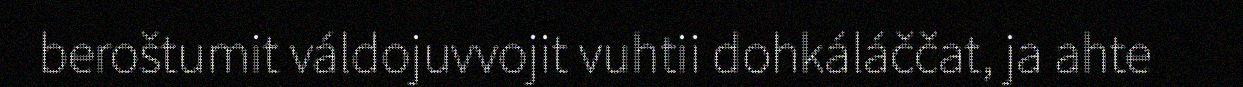
beroštumit váldojuvvojit vuhtii dohkáláččat, ja ahte